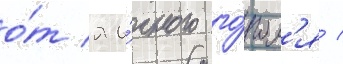
о́т яи́чного го́гол'я /